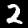
Label: 2